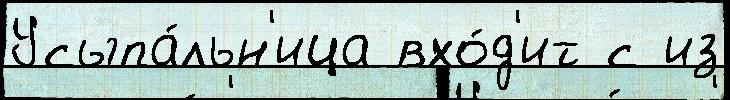
Усыпа́льн'ица вхо́д'ит с из